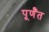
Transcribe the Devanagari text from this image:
पूर्णँत